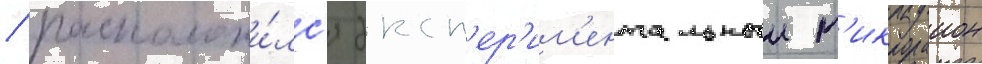
/ расположи́лс'я эксп'ер'им'ентальныи м'икрораион